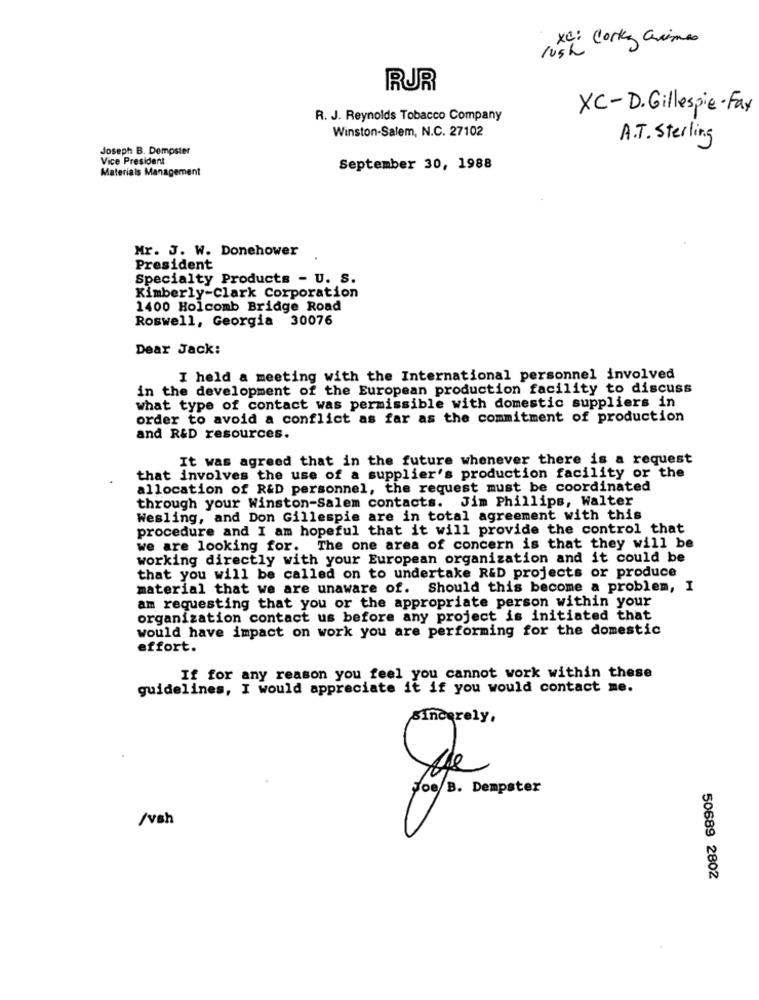
rush Cortez Crimes
RUR
XC-D. Gillespie- Fax
R. J. Reynolds Tobacco Company
Winston-Salem, N.C. 27102
A.T. Sterling
Joseph B. Dempster
Vice President
Materials Management
September 30, 1988
Mr. J. W. Donehower
President
Specialty Products - U. S.
Kimberly-Clark Corporation
1400 Holcomb Bridge Road
Roswell, Georgia 30076
Dear Jack:
I held a meeting with the International personnel involved
in the development of the European production facility to discuss
what type of contact was permissible with domestic suppliers in
order to avoid a conflict as far as the commitment of production
and R&D resources.
It was agreed that in the future whenever there is a request
that involves the use of a supplier's production facility or the
allocation of R&D personnel, the request must be coordinated
through your Winston-Salem contacts. Jim Phillips, Walter
Wesling, and Don Gillespie are in total agreement with this
procedure and I am hopeful that it will provide the control that
we are looking for. The one area of concern is that they will be
working directly with your European organization and it could be
that you will be called on to undertake R&D projects or produce
material that we are unaware of. Should this become a problem, I
am requesting that you or the appropriate person within your
organization contact us before any project is initiated that
would have impact on work you are performing for the domestic
effort.
If for any reason you feel you cannot work within these
guidelines, I would appreciate it if you would contact me.
sincerely,
Joe B. Dempster
/vsh
50689 2802